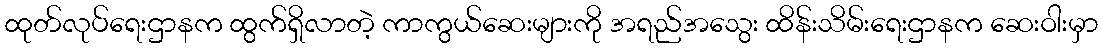
ထုတ်လုပ်ရေးဌာနက ထွက်ရှိလာတဲ့ ကာကွယ်ဆေးများကို အရည်အသွေး ထိန်းသိမ်းရေးဌာနက ဆေးဝါးမှာ